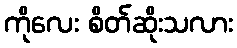
ကိုလေး စိတ်ဆိုးသလား